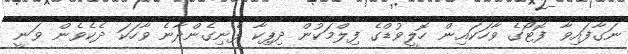
ނަގާފައިވާ ފޮޓޯގެ ވާހަކައިން ހޮލީވުޑްގެ ފިލްމަކުން ދިޕިކާ ފެނިގެންދާނެ ވާހަކަ ދެކެވެން ވަނީ